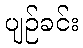
ပျဉ်ခင်း